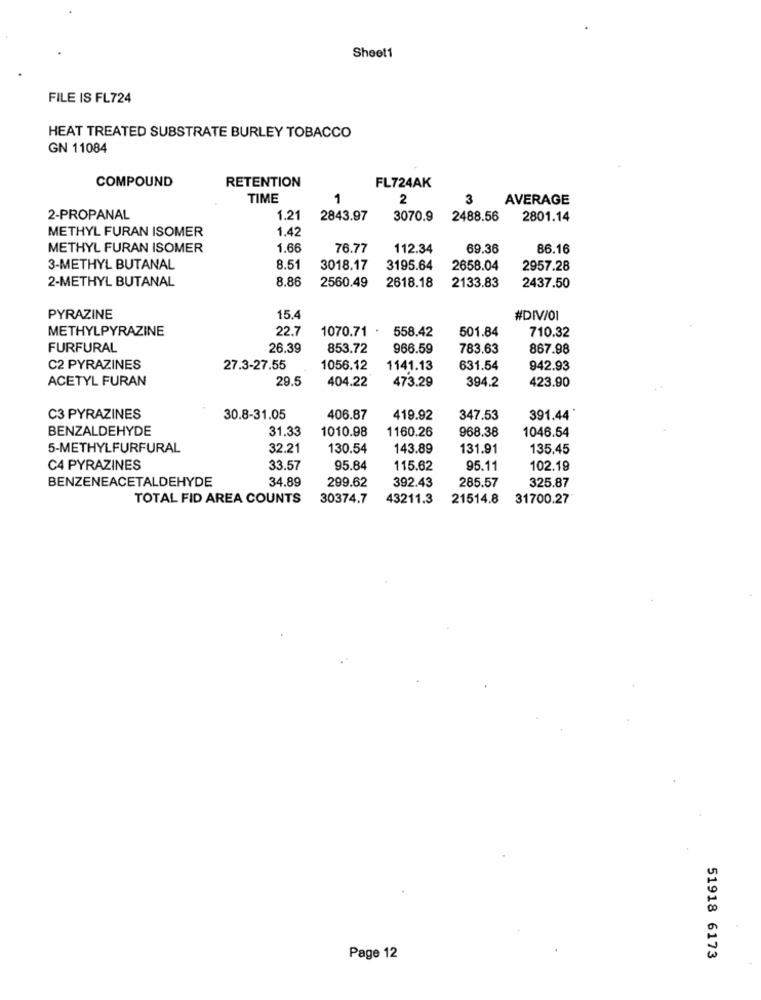
Sheet1
FILE IS FL724
HEAT TREATED SUBSTRATE BURLEY TOBACCO
GN 11084
COMPOUND
RETENTION
FL724AK
TIME
1
2
3
AVERAGE
2-PROPANAL
1.21
2843.97
3070.9
2488.56
2801.14
METHYL FURAN ISOMER
1.42
METHYL FURAN ISOMER
1.66
76.77
112.34
69.36
86.16
3-METHYL BUTANAL
8.51
3018.17
3195.64
2658.04
2957.28
2-METHYL BUTANAL
8,86
2560.49
2618.18
2133.83
2437.50
PYRAZINE
15.
#DIV/01
METHYLPYRAZINE
22.7
1070.71 *
558.42
710.32
501.84
FURFURAL
26.39
853.72
966.59
783.63
867.98
C2 PYRAZINES
27.3-27.55
1056.12
1141.13
631.54
942.93
ACETYL FURAN
29.5
404.22
473.29
394.2
423.90
C3 PYRAZINES
30.8-31.05
406.87
419.92
347.53
391.44
BENZALDEHYDE
31.33
1010.98
1160.26
968.38
1046.54
5-METHYLFURFURAL
32.21
130.54
143.89
131.91
135.45
C4 PYRAZINES
33.57
95.84
115.62
95.11
102.19
BENZENEACETALDEHYDE
34.89
299.62
392.43
285.57
325.87
TOTAL FID AREA COUNTS
30374.7
43211.3
21514.8
31700.27
Page 12
51918 6173